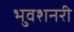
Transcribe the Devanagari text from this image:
भुवशनरी